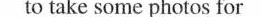
to take some photos for